Insane asylums in Bengal annual reports 1876-1887 - 1876-1887
Year: 1876
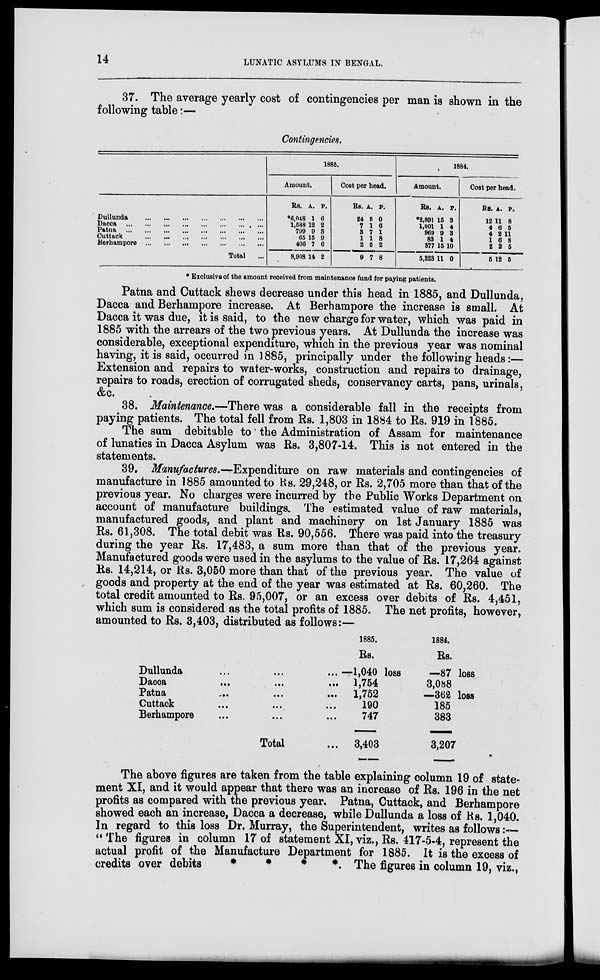
14
LUNATIC ASYLUMS IN BENGAL.
37. The average yearly cost of contingencies per man is shown in the
following table :—
Contingencies.
Dullunda
...
...
...
...
...
...
...
Dacca
...
...
...
...
...
...
...
Patna
...
...
...
...
...
...
...
Cuttack
...
...
...
...
...
...
Berhampore
...
...
...
...
...
Total ...
1885.
Amount.
Rs.
*6,048
1,588
799
65
406
8,908
A.
1
12
9
15
7
14
P.
6
2
3
9
6
2
Cost per head.
Rs.
24
7
3
1
2
9
A.
5
1
7
1
5
7
P.
0
6
1
8
2
8
1884.
Amount.
Rs.
*2,891
1,001
969
83
377
5,323
A.
15
1
9
1
15
11
P.
3
4
3
4
10
0
Cost per head.
Rs.
12
4
4
1
2
5
A.
11
6
2
6
2
12
P.
8
5
11
8
5
5
* Exclusive of the amount received from maintenance fund for paying patients.
Patna and Cuttack shews decrease under this head in 1885, and Dullunda,
Dacca and Berhampore increase. At Berhampore the increase is small. At
Dacca it was due, it is said, to the new charge for water, which was paid in
1885 with the arrears of the two previous years. At Dullunda the increase was
considerable, exceptional expenditure, which in the previous year was nominal
having, it is said, occurred in 1885, principally under the following heads:—
Extension and repairs to water-works, construction and repairs to drainage,
repairs to roads, erection of corrugated sheds, conservancy carts, pans, urinals,
&c.
38. Maintenance.—There was a considerable fall in the receipts from
paying patients. The total fell from Rs. 1,803 in 1884 to Rs. 919 in 1885.
The sum debitable to the Administration of Assam for maintenance
of lunatics in Dacca Asylum was Rs. 3,807-14. This is not entered in the
statements.
39. Manufactures.—Expenditure on raw materials and contingencies of
manufacture in 1885 amounted to Rs. 29,248, or Rs. 2,705 more than that of the
previous year. No charges were incurred by the Public Works Department on
account of manufacture buildings. The estimated value of raw materials,
manufactured goods, and plant and machinery on 1st January 1885 was
Rs. 61,308. The total debit was Rs. 90,556. There was paid into the treasury
during the year Rs. 17,483, a sum more than that of the previous year.
Manufactured goods were used in the asylums to the value of Rs. 17,264 against
Rs. 14,214, or Rs. 3,050 more than that of the previous year. The value of
goods and property at the end of the year was estimated at Rs. 60,260. The
total credit amounted to Rs. 95,007, or an excess over debits of Rs. 4,451,
which sum is considered as the total profits of 1885. The net profits, however,
amounted to Rs. 3,403, distributed as follows:—
Dullunda ... ... ... ... ... ... ... ... ... ...
Dacca ... ... ... ... ... ... ... ... ... ... ...
Patna ... ... ... ... ... ... ... ... ... ... ...
Cuttack ... ... ... ... ... ... ... ... ... ...
Berhampore ... ... ... ... ... ... ... ... ...
Total ...
1885.
Rs.
—1,040 loss
1,754
1,752
190
747
3,403
1884.
Rs.
—87 loss
3,088
—362 loss
185
383
3,207
The above figures are taken from the table explaining column 19 of state-
ment XI, and it would appear that there was an increase of Rs. 196 in the net
profits as compared with the previous year. Patna, Cuttack, and Berhampore
showed each an increase, Dacca a decrease, while Dullunda a loss of Rs. 1,040.
In regard to this loss Dr. Murray, the Superintendent, writes as follows:—
" The figures in column 17 of statement XI, viz., Rs. 417-5-4, represent the
actual profit of the Manufacture Department for 1885. It is the excess of
credits over debits
*
*
*
*
The figures in column 19, viz.,